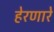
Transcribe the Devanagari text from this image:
हेरणारे